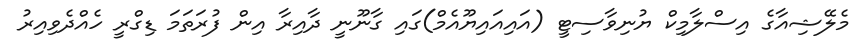
މެލޭޝިއާގެ އިސްލާމިކް ޔުނިވާސިޓީ (އައިއައިޔޫއެމް)ގައި ގާނޫނީ ދާއިރާ އިން ފުރަތަމަ ޑިގްރީ ހެއްދެވިއިރު